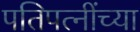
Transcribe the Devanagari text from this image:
पतिपत्‍नींच्या